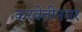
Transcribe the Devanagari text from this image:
करवेतीनगर